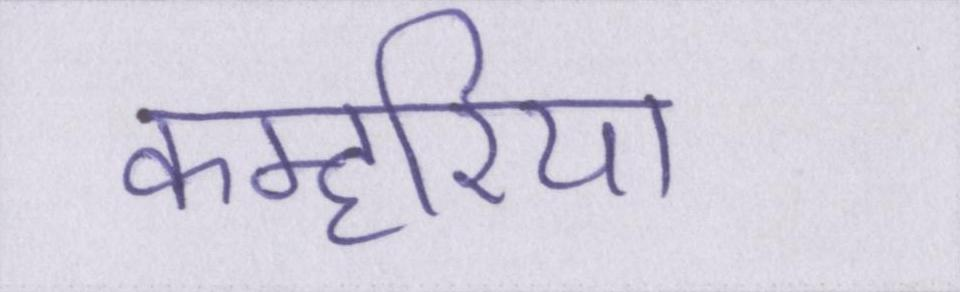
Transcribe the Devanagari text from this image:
कम्हरिया